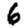
Digit: 6